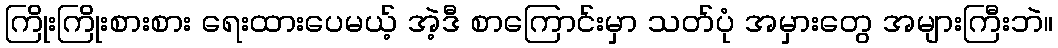
ကြိုးကြိုးစားစား ရေးထားပေမယ့် အဲ့ဒီ စာကြောင်းမှာ သတ်ပုံ အမှားတွေ အများကြီးဘဲ။